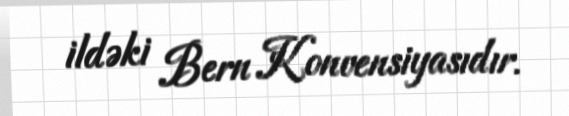
ildəki Bern Konvensiyasıdır.